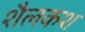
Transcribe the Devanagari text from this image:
शैलकश